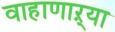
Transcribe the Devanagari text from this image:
वाहाणाऱ्या